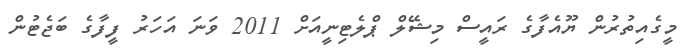
މީގެއިތުރުން ޔޫއެފާގެ ރައީސް މިޝޭލް ޕްލެޓިނީއަށް 2011 ވަނަ އަހަރު ފީފާގެ ބަޖެޓުން